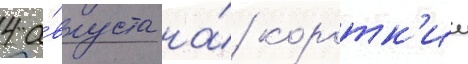
4 а́вгуста на́ коротк'ии